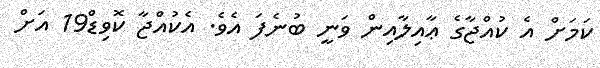
ކަމަށް އެ ކުއްޖާގެ ޢާއިލާއިން ވަނީ ބުނެފަ އެވެ. އެކުއްޖާ ކޮވިޑް19 އަށް